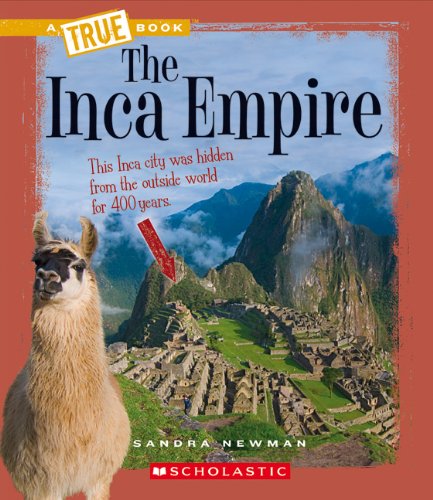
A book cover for The Inca Empire (True Books: Ancient Civilizations); Sandra Newman; History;